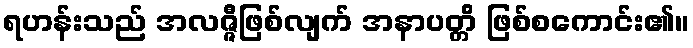
ရဟန်းသည် အလဇ္ဇီဖြစ်လျက် အနာပတ္တိ ဖြစ်စကောင်း၏။